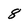
Character: 8